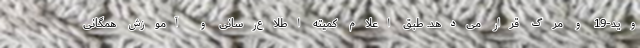
وید-19 و مرگ قرار می‌دهد. طبق اعلام کمیته اطلاع‌رسانی و آموزش همگانی